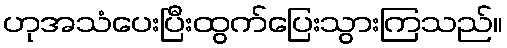
ဟုအသံပေးပြီးထွက်ပြေးသွားကြသည်။